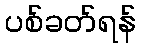
ပစ်ခတ်ရန်